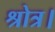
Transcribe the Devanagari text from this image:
श्रोत्र।